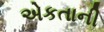
એકતાની